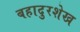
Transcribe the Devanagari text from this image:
बहादुरशेख